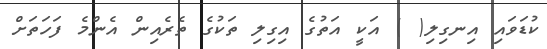
ކުޑަވައި އިނގިލި( ) އަކީ އަތުގެ އިގިލި ތަކުގެ ތެރެއިން އެންމެ ފަހަތަށް